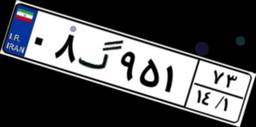
۰۸گ۹۵۱۷۳